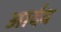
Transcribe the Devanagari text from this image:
आर्दव